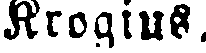
Krogius.